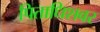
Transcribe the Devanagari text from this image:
पिताधिशवर